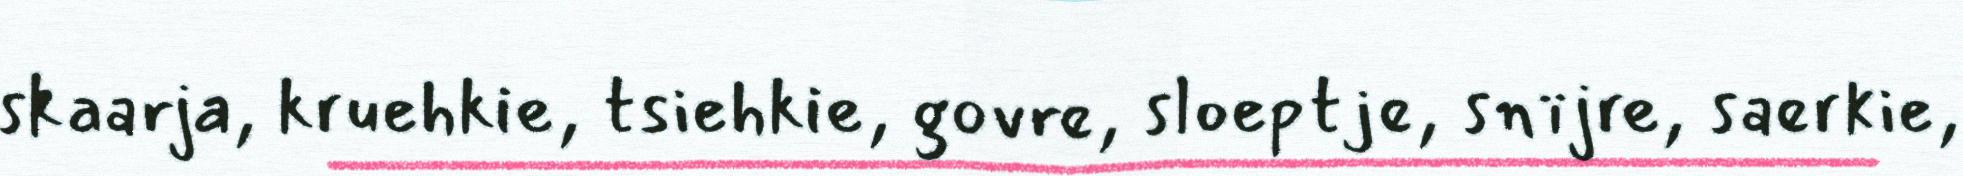
skaarja, kruehkie, tsiehkie, govre, sloeptje, snïjre, saerkie,